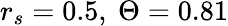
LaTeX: r_{s}=0.5,\ \Theta=0.81